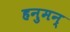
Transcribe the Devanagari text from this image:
हनुमन्